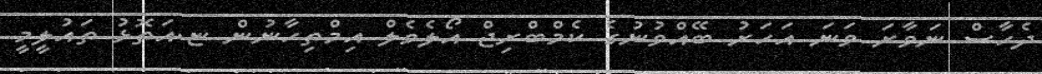
ދެހާސް ނަވާރަ ވަނަ އަހަރު ބޭއްވުނުގެ ކެމްބްރިޖް އޯލެވެލް އިމްތިހާނުން ޏ.އަތޮޅު ތައުލީމީ